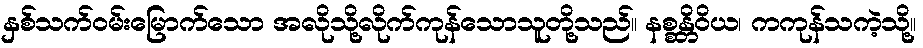
နှစ်သက်ဝမ်းမြောက်သော အလိုသို့လိုက်ကုန်သောသူတို့သည်။ နစ္စန္တိဝိယ၊ ကကုန်သကဲ့သို့။